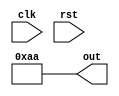
module generate_for_each #(
  parameter WIDTH = 8
) (
  input wire clk,
  input wire rst,
  output reg [WIDTH-1:0] out
);

genvar i;
generate
  for (i = 0; i < WIDTH; i = i + 1) begin : gen_for_each
    assign out[i] = i;
  end
endgenerate

endmodule